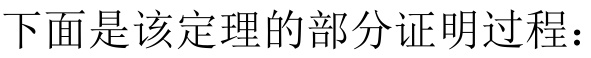
下面是该定理的部分证明过程：